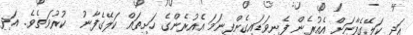
އަދި ކަލޭގެފާނަށް އެއުރެން ފެނިވަޑައިގެންފިނަމަ އެއުރެންގެ ހަށިތައް ކަލޭގެފާނު  ކުރުވަތެވެ. އަދި